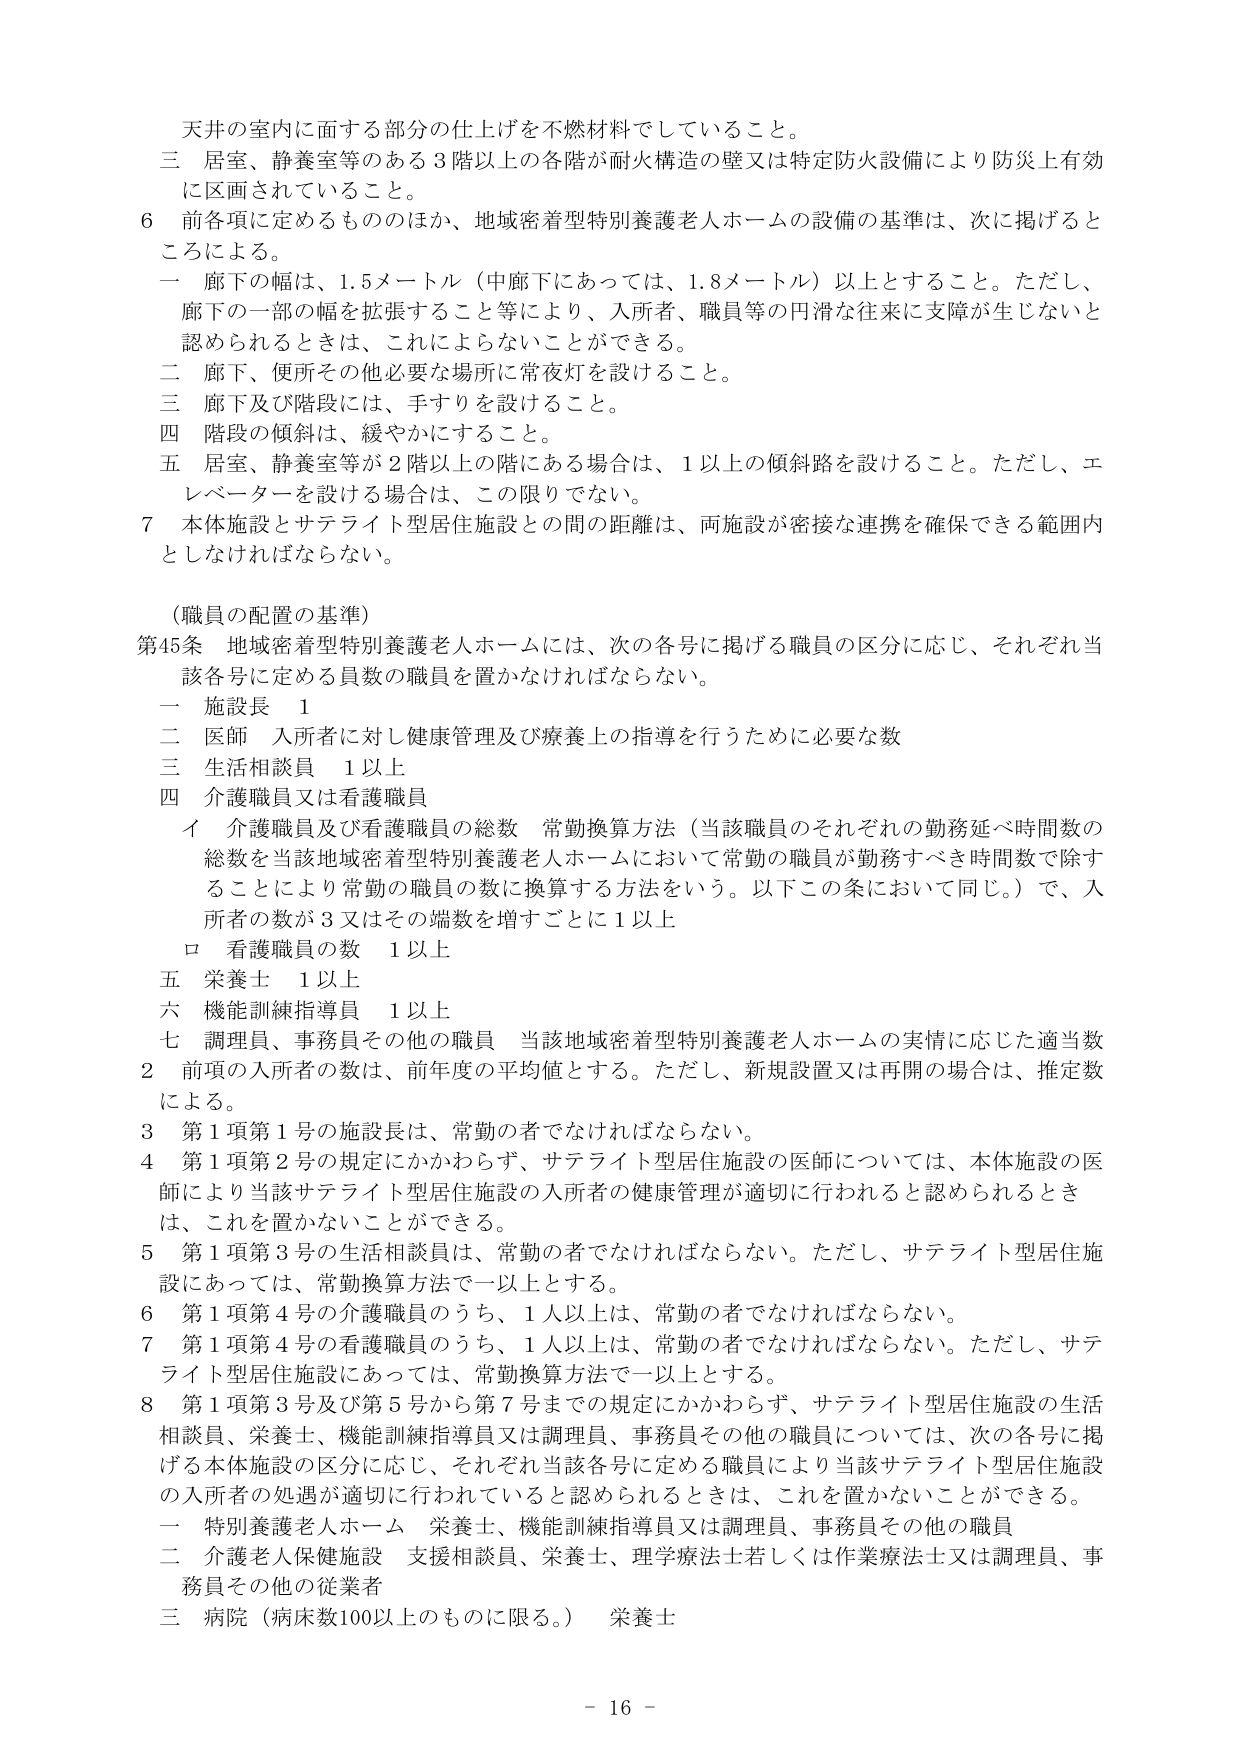
天井の室内に面する部分の仕上げを不燃材料でしていること。

三 居室、静養室等のある３階以上の各階が耐火構造の壁又は特定防火設備により防災上有効に区画されていること。

６ 前各項に定めるもののほか、地域密着型特別養護老人ホームの設備の基準は、次に掲げるところによる。

一 廊下の幅は、1.5メートル（中廊下にあっては、1.8メートル）以上とすること。ただし、廊下の一部の幅を拡張すること等により、入所者、職員等の円滑な往来に支障が生じないと認められるときは、これによらないことができる。

二 廊下、便所その他必要な場所に常夜灯を設けること。

三 廊下及び階段には、手すりを設けること。

四 階段の傾斜は、緩やかにすること。

五 居室、静養室等が２階以上の階にある場合は、１以上の傾斜路を設けること。ただし、エレベーターを設ける場合は、この限りでない。

７ 本体施設とサテライト型居住施設との間の距離は、両施設が密接な連携を確保できる範囲内としなければならない。

（職員の配置の基準）

第45条 地域密着型特別養護老人ホームには、次の各号に掲げる職員の区分に応じ、それぞれ当該各号に定める員数の職員を置かなければならない。

一 施設長 1

二 医師 入所者に対し健康管理及び療養上の指導を行うために必要な数

三 生活相談員 1以上

四 介護職員又は看護職員

　イ 介護職員及び看護職員の総数 常勤換算方法（当該職員のそれぞれの勤務延べ時間数の総数を当該地域密着型特別養護老人ホームにおいて常勤の職員が勤務すべき時間数で除することにより常勤の職員の数に換算する方法をいう。以下この条において同じ。）で、入所者の数が3又はその端数を増すごとに1以上

　ロ 看護職員の数 1以上

五 栄養士 1以上

六 機能訓練指導員 1以上

七 調理員、事務員その他の職員 当該地域密着型特別養護老人ホームの実情に応じた適当数

２ 前項の入所者の数は、前年度の平均値とする。ただし、新規設置又は再開の場合は、推定数による。

３ 第1項第1号の施設長は、常勤の者でなければならない。

４ 第1項第2号の規定にかかわらず、サテライト型居住施設の医師については、本体施設の医師により当該サテライト型居住施設の入所者の健康管理が適切に行われると認められるときは、これを置かないことができる。

５ 第1項第3号の生活相談員は、常勤の者でなければならない。ただし、サテライト型居住施設にあっては、常勤換算方法で一以上とする。

６ 第1項第4号の介護職員のうち、1人以上は、常勤の者でなければならない。

７ 第1項第4号の看護職員のうち、1人以上は、常勤の者でなければならない。ただし、サテライト型居住施設にあっては、常勤換算方法で一以上とする。

８ 第1項第3号及び第5号から第7号までの規定にかかわらず、サテライト型居住施設の生活相談員、栄養士、機能訓練指導員又は調理員、事務員その他の職員については、次の各号に掲げる本体施設の区分に応じ、それぞれ当該各号に定める職員により当該サテライト型居住施設の入所者の処遇が適切に行われていると認められるときは、これを置かないことができる。

一 特別養護老人ホーム 栄養士、機能訓練指導員又は調理員、事務員その他の職員

二 介護老人保健施設 支援相談員、栄養士、理学療法士若しくは作業療法士又は調理員、事務員その他の従業者

三 病院（病床数100以上のものに限る。） 栄養士

- 16 -